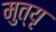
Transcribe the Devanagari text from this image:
मुत्यृ